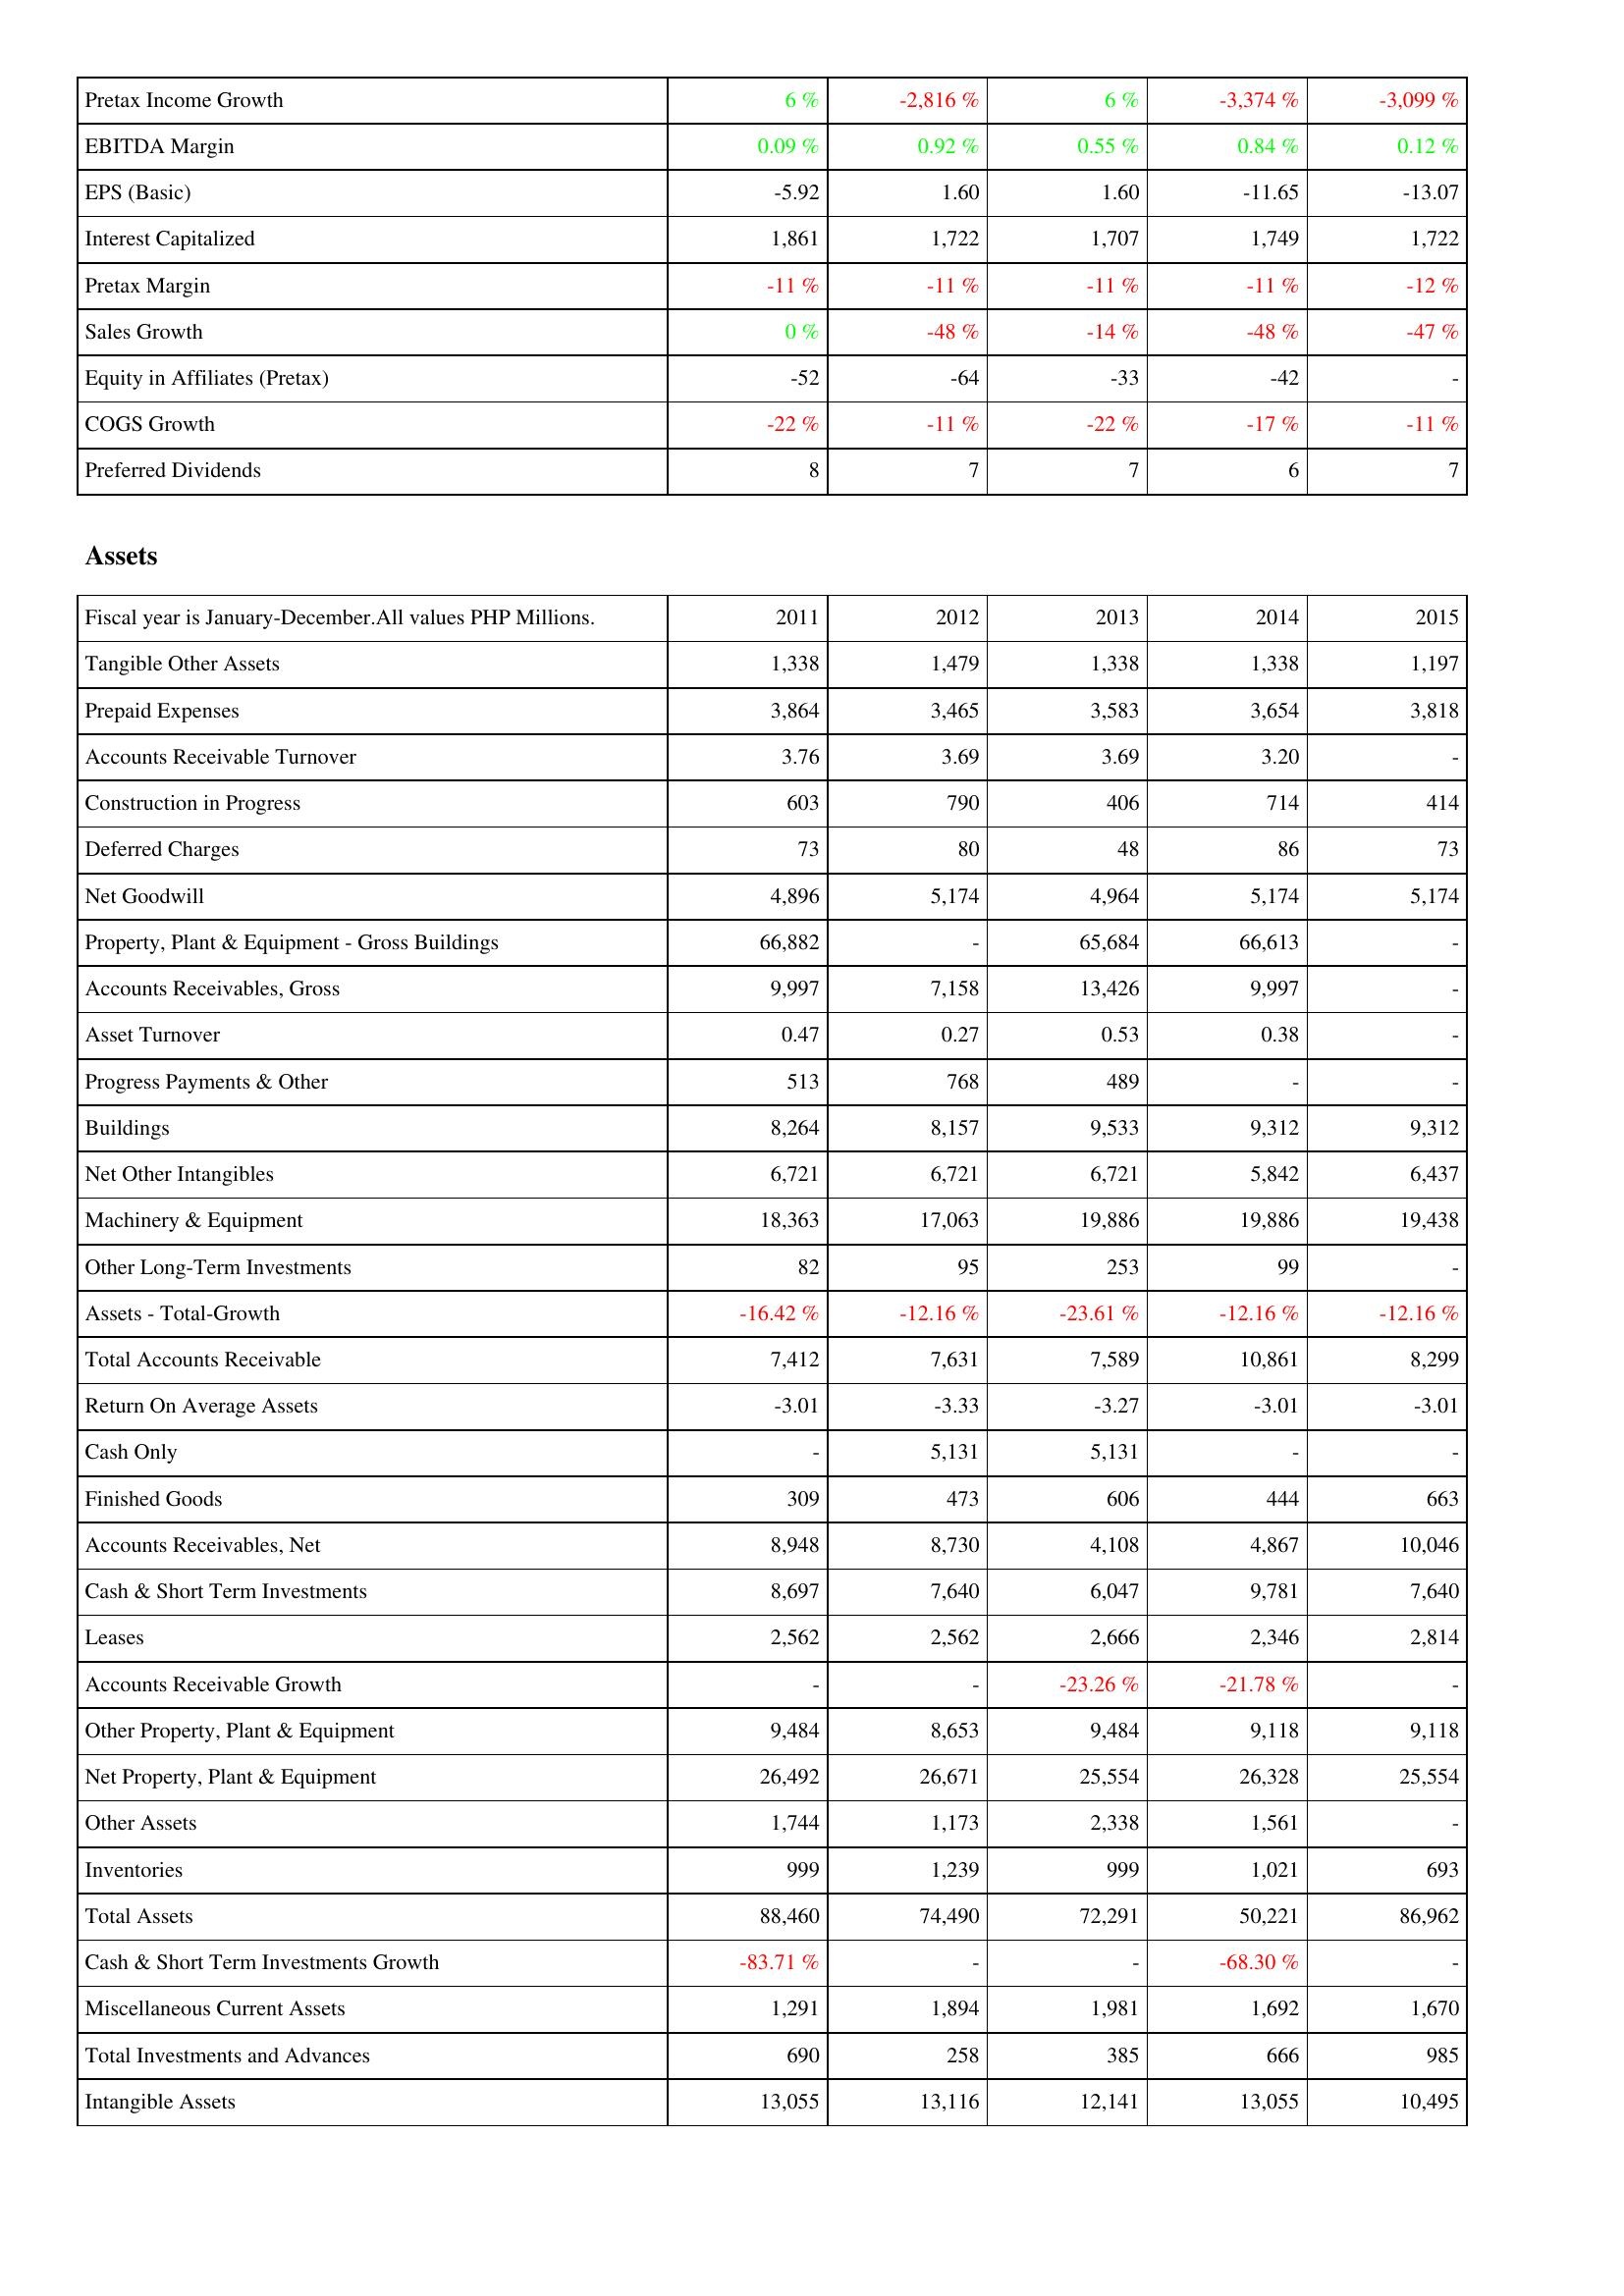
2011: Income Statement: Pretax Income Growth: 6 %
EBITDA Margin: 0.09 %
EPS (Basic): -5.92
Interest Capitalized: 1,861
Pretax Margin: -11 %
Sales Growth: 0 %
Equity in Affiliates (Pretax): -52
COGS Growth: -22 %
Preferred Dividends: 8
Assets: Tangible Other Assets: 1,338
Prepaid Expenses: 3,864
Accounts Receivable Turnover: 3.76
Construction in Progress: 603
Deferred Charges: 73
Net Goodwill: 4,896
Property, Plant & Equipment - Gross Buildings: 66,882
Accounts Receivables, Gross: 9,997
Asset Turnover: 0.47
Progress Payments & Other: 513
Buildings: 8,264
Net Other Intangibles: 6,721
Machinery & Equipment: 18,363
Other Long-Term Investments: 82
Assets - Total-Growth: -16.42 %
Total Accounts Receivable: 7,412
Return On Average Assets: -3.01
Cash Only: -
Finished Goods: 309
Accounts Receivables, Net: 8,948
Cash & Short Term Investments: 8,697
Leases: 2,562
Accounts Receivable Growth: -
Other Property, Plant & Equipment: 9,484
Net Property, Plant & Equipment: 26,492
Other Assets: 1,744
Inventories: 999
Total Assets: 88,460
Cash & Short Term Investments Growth: -83.71 %
Miscellaneous Current Assets: 1,291
Total Investments and Advances: 690
Intangible Assets: 13,055
2012: Income Statement: Pretax Income Growth: -2,816 %
EBITDA Margin: 0.92 %
EPS (Basic): 1.60
Interest Capitalized: 1,722
Pretax Margin: -11 %
Sales Growth: -48 %
Equity in Affiliates (Pretax): -64
COGS Growth: -11 %
Preferred Dividends: 7
Assets: Tangible Other Assets: 1,479
Prepaid Expenses: 3,465
Accounts Receivable Turnover: 3.69
Construction in Progress: 790
Deferred Charges: 80
Net Goodwill: 5,174
Property, Plant & Equipment - Gross Buildings: -
Accounts Receivables, Gross: 7,158
Asset Turnover: 0.27
Progress Payments & Other: 768
Buildings: 8,157
Net Other Intangibles: 6,721
Machinery & Equipment: 17,063
Other Long-Term Investments: 95
Assets - Total-Growth: -12.16 %
Total Accounts Receivable: 7,631
Return On Average Assets: -3.33
Cash Only: 5,131
Finished Goods: 473
Accounts Receivables, Net: 8,730
Cash & Short Term Investments: 7,640
Leases: 2,562
Accounts Receivable Growth: -
Other Property, Plant & Equipment: 8,653
Net Property, Plant & Equipment: 26,671
Other Assets: 1,173
Inventories: 1,239
Total Assets: 74,490
Cash & Short Term Investments Growth: -
Miscellaneous Current Assets: 1,894
Total Investments and Advances: 258
Intangible Assets: 13,116
2013: Income Statement: Pretax Income Growth: 6 %
EBITDA Margin: 0.55 %
EPS (Basic): 1.60
Interest Capitalized: 1,707
Pretax Margin: -11 %
Sales Growth: -14 %
Equity in Affiliates (Pretax): -33
COGS Growth: -22 %
Preferred Dividends: 7
Assets: Tangible Other Assets: 1,338
Prepaid Expenses: 3,583
Accounts Receivable Turnover: 3.69
Construction in Progress: 406
Deferred Charges: 48
Net Goodwill: 4,964
Property, Plant & Equipment - Gross Buildings: 65,684
Accounts Receivables, Gross: 13,426
Asset Turnover: 0.53
Progress Payments & Other: 489
Buildings: 9,533
Net Other Intangibles: 6,721
Machinery & Equipment: 19,886
Other Long-Term Investments: 253
Assets - Total-Growth: -23.61 %
Total Accounts Receivable: 7,589
Return On Average Assets: -3.27
Cash Only: 5,131
Finished Goods: 606
Accounts Receivables, Net: 4,108
Cash & Short Term Investments: 6,047
Leases: 2,666
Accounts Receivable Growth: -23.26 %
Other Property, Plant & Equipment: 9,484
Net Property, Plant & Equipment: 25,554
Other Assets: 2,338
Inventories: 999
Total Assets: 72,291
Cash & Short Term Investments Growth: -
Miscellaneous Current Assets: 1,981
Total Investments and Advances: 385
Intangible Assets: 12,141
2014: Income Statement: Pretax Income Growth: -3,374 %
EBITDA Margin: 0.84 %
EPS (Basic): -11.65
Interest Capitalized: 1,749
Pretax Margin: -11 %
Sales Growth: -48 %
Equity in Affiliates (Pretax): -42
COGS Growth: -17 %
Preferred Dividends: 6
Assets: Tangible Other Assets: 1,338
Prepaid Expenses: 3,654
Accounts Receivable Turnover: 3.20
Construction in Progress: 714
Deferred Charges: 86
Net Goodwill: 5,174
Property, Plant & Equipment - Gross Buildings: 66,613
Accounts Receivables, Gross: 9,997
Asset Turnover: 0.38
Progress Payments & Other: -
Buildings: 9,312
Net Other Intangibles: 5,842
Machinery & Equipment: 19,886
Other Long-Term Investments: 99
Assets - Total-Growth: -12.16 %
Total Accounts Receivable: 10,861
Return On Average Assets: -3.01
Cash Only: -
Finished Goods: 444
Accounts Receivables, Net: 4,867
Cash & Short Term Investments: 9,781
Leases: 2,346
Accounts Receivable Growth: -21.78 %
Other Property, Plant & Equipment: 9,118
Net Property, Plant & Equipment: 26,328
Other Assets: 1,561
Inventories: 1,021
Total Assets: 50,221
Cash & Short Term Investments Growth: -68.30 %
Miscellaneous Current Assets: 1,692
Total Investments and Advances: 666
Intangible Assets: 13,055
2015: Income Statement: Pretax Income Growth: -3,099 %
EBITDA Margin: 0.12 %
EPS (Basic): -13.07
Interest Capitalized: 1,722
Pretax Margin: -12 %
Sales Growth: -47 %
Equity in Affiliates (Pretax): -
COGS Growth: -11 %
Preferred Dividends: 7
Assets: Tangible Other Assets: 1,197
Prepaid Expenses: 3,818
Accounts Receivable Turnover: -
Construction in Progress: 414
Deferred Charges: 73
Net Goodwill: 5,174
Property, Plant & Equipment - Gross Buildings: -
Accounts Receivables, Gross: -
Asset Turnover: -
Progress Payments & Other: -
Buildings: 9,312
Net Other Intangibles: 6,437
Machinery & Equipment: 19,438
Other Long-Term Investments: -
Assets - Total-Growth: -12.16 %
Total Accounts Receivable: 8,299
Return On Average Assets: -3.01
Cash Only: -
Finished Goods: 663
Accounts Receivables, Net: 10,046
Cash & Short Term Investments: 7,640
Leases: 2,814
Accounts Receivable Growth: -
Other Property, Plant & Equipment: 9,118
Net Property, Plant & Equipment: 25,554
Other Assets: -
Inventories: 693
Total Assets: 86,962
Cash & Short Term Investments Growth: -
Miscellaneous Current Assets: 1,670
Total Investments and Advances: 985
Intangible Assets: 10,495